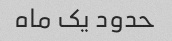
حدود یک ماه